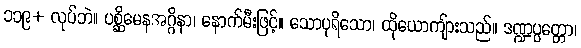
၁၁၉+ လုပ်ဘဲ။ ပစ္ဆိမေနအဂ္ဂိနာ၊ နောက်မီးဖြင့်။ သောပုရိသော၊ ထိုယောကျ်ားသည်။ ဒဏ္ဍပ္ပတ္တော၊